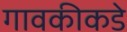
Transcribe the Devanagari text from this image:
गावकीकडे